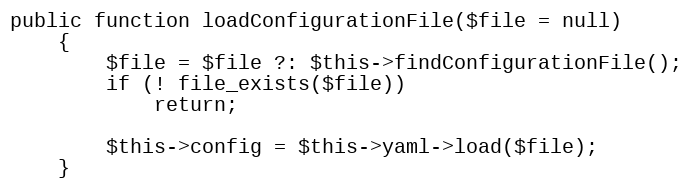
Language: PHP
public function loadConfigurationFile($file = null)
    {
        $file = $file ?: $this->findConfigurationFile();
        if (! file_exists($file))
            return;

        $this->config = $this->yaml->load($file);
    }